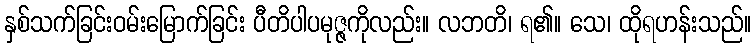
နှစ်သက်ခြင်းဝမ်းမြောက်ခြင်း ပီတိပါပမုဇ္ဇကိုလည်း။ လဘတိ၊ ရ၏။ သေ၊ ထိုရဟန်းသည်။